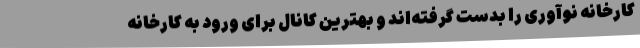
کارخانه نوآوری را بدست گرفته‌اند و بهترین کانال برای ورود به کارخانه